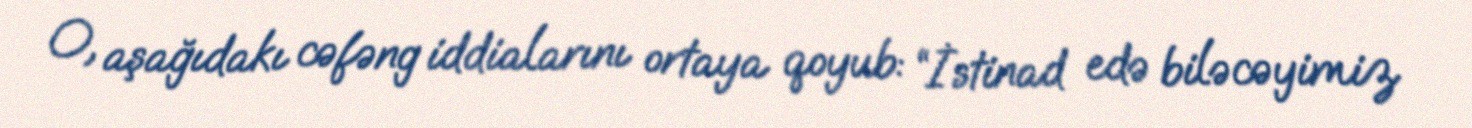
O, aşağıdakı cəfəng iddialarını ortaya qoyub: “İstinad edə biləcəyimiz